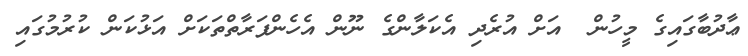
ޢާދުބާގައިގެ މީހުން  އަށް އުރެދި އެކަލާންގެ ނޫން އެހެންފަރާތްތަކަށް އަޅުކަން ކުރުމުގައި